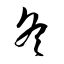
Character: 冬